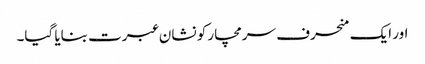
اور ایک منحرف سرمچار کو نشان عبرت بنایا گیا۔